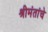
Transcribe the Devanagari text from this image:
श्रीमंतांचे